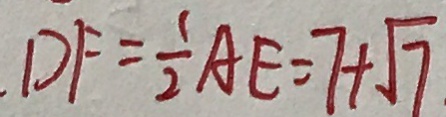
D F = \frac { 1 } { 2 } A E = 7 + \sqrt { 7 }